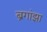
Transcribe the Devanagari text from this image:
ब्रगांझा